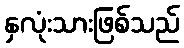
နှလုံးသားဖြစ်သည်